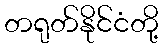
တရုတ်နိုင်ငံတို့